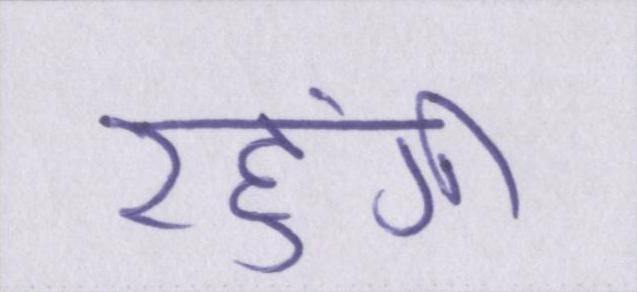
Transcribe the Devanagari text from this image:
रहुंगी